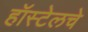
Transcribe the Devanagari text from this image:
हॉस्टेलचे